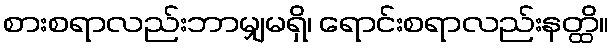
စားစရာလည်းဘာမျှမရှိ၊ ရောင်းစရာလည်းနတ္ထိ။